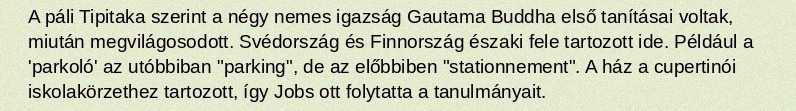
A páli Tipitaka szerint a négy nemes igazság Gautama Buddha első tanításai voltak, miután megvilágosodott. Svédország és Finnország északi fele tartozott ide. Például a 'parkoló' az utóbbiban "parking", de az előbbiben "stationnement". A ház a cupertinói iskolakörzethez tartozott, így Jobs ott folytatta a tanulmányait.